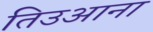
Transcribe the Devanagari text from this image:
तिउआना